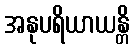
အနုပရိယာယန္တိ